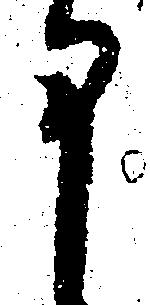
申